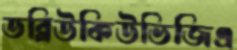
ডব্লিউকিউভিজিএ